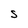
Character: S